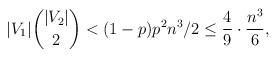
LaTeX: \begin{align*}|V_1| \binom{|V_2|}2< (1-p)p^2 n^3/2 \le \frac 49 \cdot \frac{n^3}{6},\end{align*}